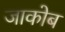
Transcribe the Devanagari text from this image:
जाकोब